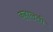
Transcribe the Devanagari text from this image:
कहालती